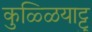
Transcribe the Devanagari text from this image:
कुळ्ळियाट्टु